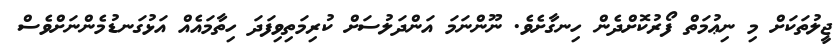
ޖީލުތަކަށް މި ނިޢުމަތް ފޯރުކޮށްދެން ހިނގާށެވެ. ނޫންނަމަ އަންދަލުސަށް ކުރިމަތިވިފަދަ ހިތާމައެއް އަޅުގަނޑުމެންނަށްވެސް